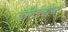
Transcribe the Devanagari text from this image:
कॉन्टीनेंटल